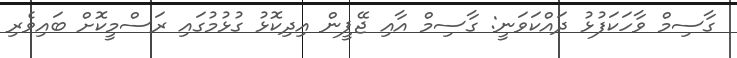
ގާސިމް ވާހަކަފުޅު ދައްކަވަނީ: ގާސިމް އާއި ޖޭޕީން އިދިކޮޅު ގުޅުމުގައި ރަސްމީކޮށް ބައިވެރި